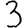
Digit: 3